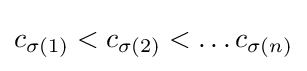
c_{\sigma (1)}<c_{\sigma (2)}<\ldots c_{\sigma (n)}